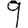
Digit: 9